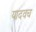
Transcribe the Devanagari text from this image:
यादवच